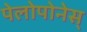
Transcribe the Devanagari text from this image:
पेलोपोनेस्